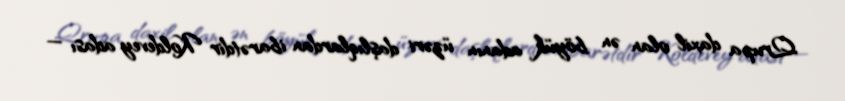
Qrupa daxil olan ən böyük adanın üzəri daşlıqlardan ibarətdir Koldevey adası —